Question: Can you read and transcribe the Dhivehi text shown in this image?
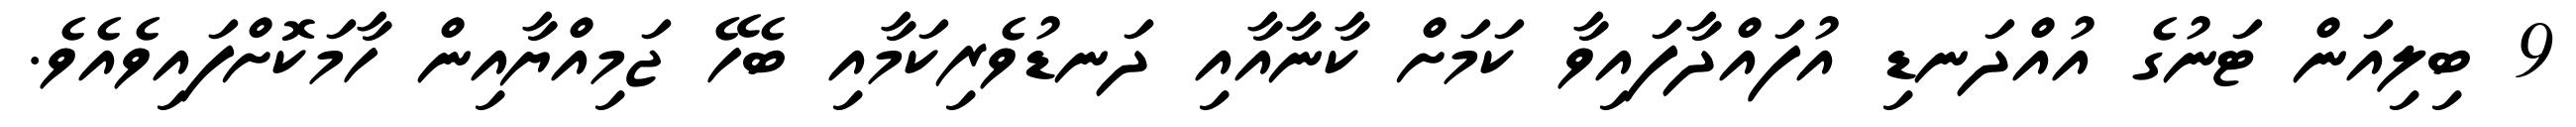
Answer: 9 ބިލިއަން ޓަނުގެ އުއްދަނޑި އުފައްދާފައިވާ ކަމަށް ކާނާއާއި ދަނޑުވެރިކަމާއި ބެހޭ ޖަމިއްޔާއިން ހާމަކޮށްފައިވެއެވެ.